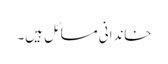
خاندانی مسائل ہیں۔